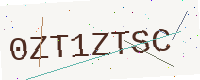
Text: 0ZT1ZTSC